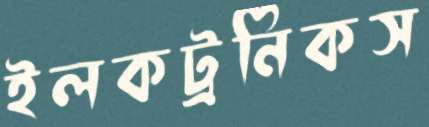
ইলকট্রনিকস